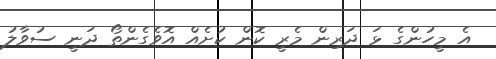
އެ މީހުންގެ ޅަ ދަރިން މެރީ ކޮން ކުށެއް އޮވެގެންތޯ ދަނީ ސުވާލު